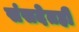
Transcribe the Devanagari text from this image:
संसदेतही